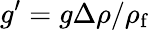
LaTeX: g^{\prime}=g\Delta\rho/\rho_{\mathrm{f}}